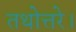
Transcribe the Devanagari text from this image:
तथोत्तरे।